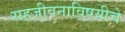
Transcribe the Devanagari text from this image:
सहजीवनाविषयीचे